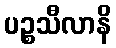
ပဉ္စသီလာနိ